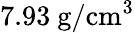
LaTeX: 7.93~\mathrm{g}/\mathrm{cm}^{3}